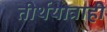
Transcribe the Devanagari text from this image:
तीर्थयात्राही